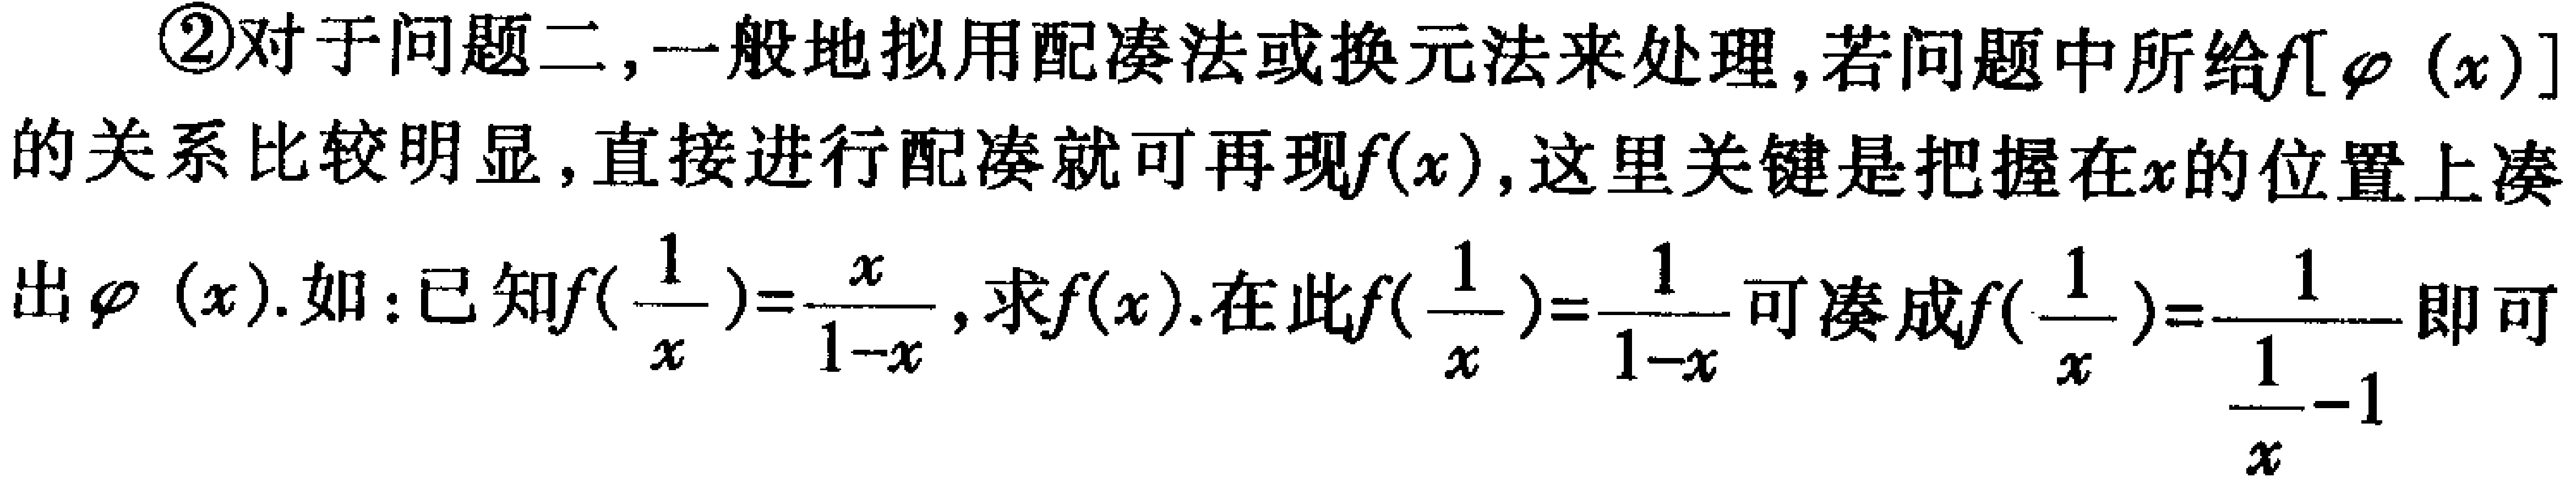
\textcircled{2}对于问题二,一般地拟用配凑法或换元法来处理,若问题中所给\(f[\varphi(x)]\)的关系比较明显,直接进行配凑就可再现\(f(x)\),这里关键是把握在\(x\)的位置上凑出\(\varphi(x)\).如:已知\(f(\frac{1}{x}) = \frac{x}{1 - x}\),求\(f(x)\).在此\(f(\frac{1}{x}) = \frac{x}{1 - x}\)可凑成\(f(\frac{1}{x}) = \frac{1}{\frac{1}{x}-1}\)即可